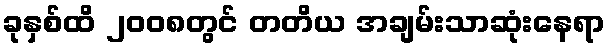
ခုနှစ်ထိ ၂၀၀၈တွင် တတိယ အချမ်းသာဆုံးနေရာ